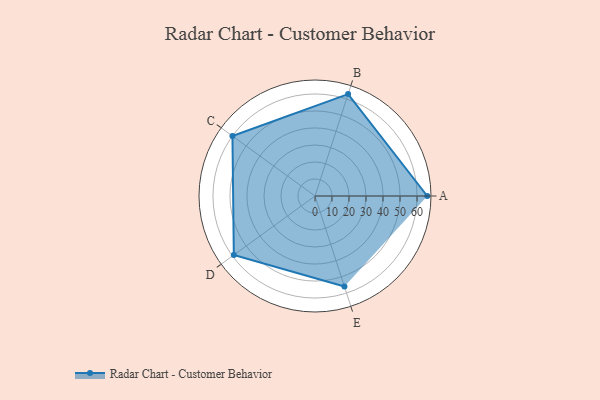
{"axis": {"x": "Skill", "y": "Score"}, "legend": ["Profile"], "data": [{"x": "A", "y": 66.0, "type": "Profile"}, {"x": "B", "y": 63.0, "type": "Profile"}, {"x": "C", "y": 60.0, "type": "Profile"}, {"x": "D", "y": 59.0, "type": "Profile"}, {"x": "E", "y": 56.0, "type": "Profile"}]}